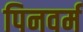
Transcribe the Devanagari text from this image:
पिनवर्म